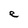
Character: e